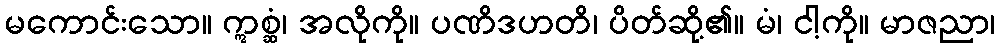
မကောင်းသော။ ဣစ္ဆံ၊ အလိုကို။ ပဏိဒဟတိ၊ ပိတ်ဆို့၏။ မံ၊ ငါ့ကို။ မာဇညာ၊